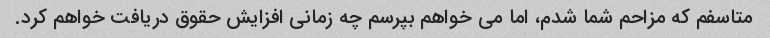
متاسفم که مزاحم شما شدم، اما می خواهم بپرسم چه زمانی افزایش حقوق دریافت خواهم کرد.